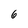
Character: 6